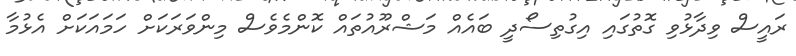
ރައީސް ވިދާޅުވި ގޮތުގައި އިގުތިސޯދީ ބައެއް މަޝްރޫއުތައް ކޮންމެވެސް މިންވަރަކަށް ހަމައަކަށް އެޅުމާ